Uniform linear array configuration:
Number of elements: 24
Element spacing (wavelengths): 0.5
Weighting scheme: binomial
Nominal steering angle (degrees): -30
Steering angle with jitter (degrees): -28.514
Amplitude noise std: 0.05
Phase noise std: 0.05

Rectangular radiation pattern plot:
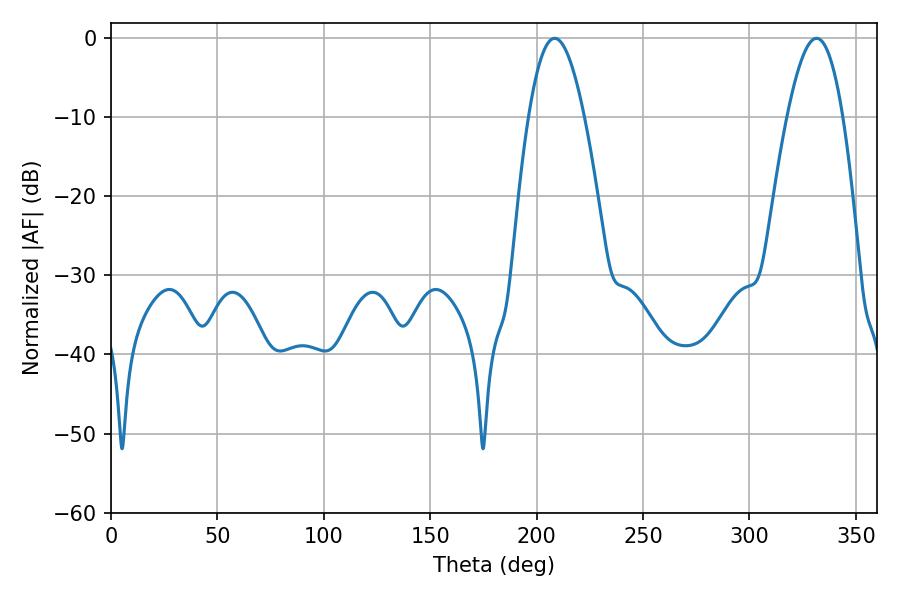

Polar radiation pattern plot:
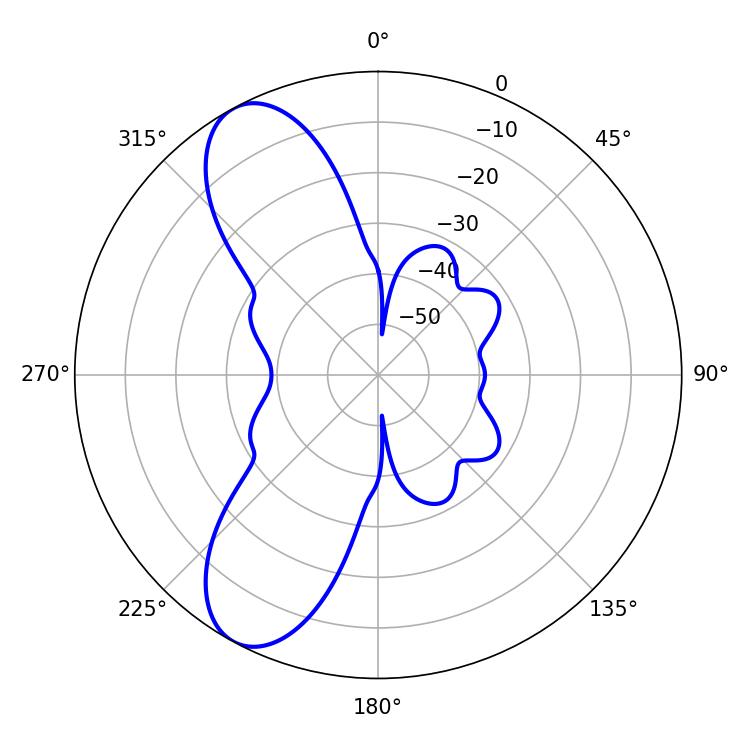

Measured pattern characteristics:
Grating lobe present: FALSE
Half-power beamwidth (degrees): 14.22
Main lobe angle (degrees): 208.44